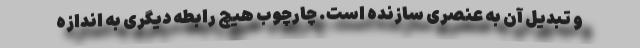
و تبدیل آن به عنصری سازنده است. چارچوب هیچ رابطه دیگری به اندازه